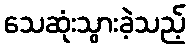
သေဆုံးသွားခဲ့သည့်